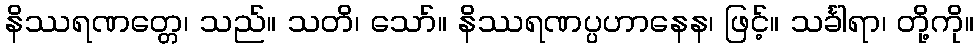
နိဿရဏတ္တေ၊ သည်။ သတိ၊ သော်။ နိဿရဏပ္ပဟာနေန၊ ဖြင့်။ သင်္ခါရာ၊ တို့ကို။